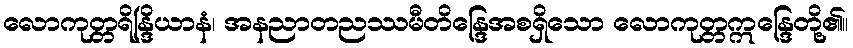
လောကုတ္တရိန္ဒြိယာနံ၊ အနညာတညဿမီတိန္ဒြေအစရှိသော လောကုတ္တဣန္ဒြေတို့၏။